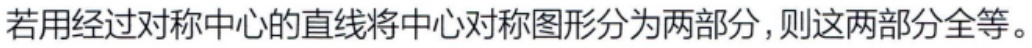
若用经过对称中心的直线将中心对称图形分为两部分，则这两部分全等。